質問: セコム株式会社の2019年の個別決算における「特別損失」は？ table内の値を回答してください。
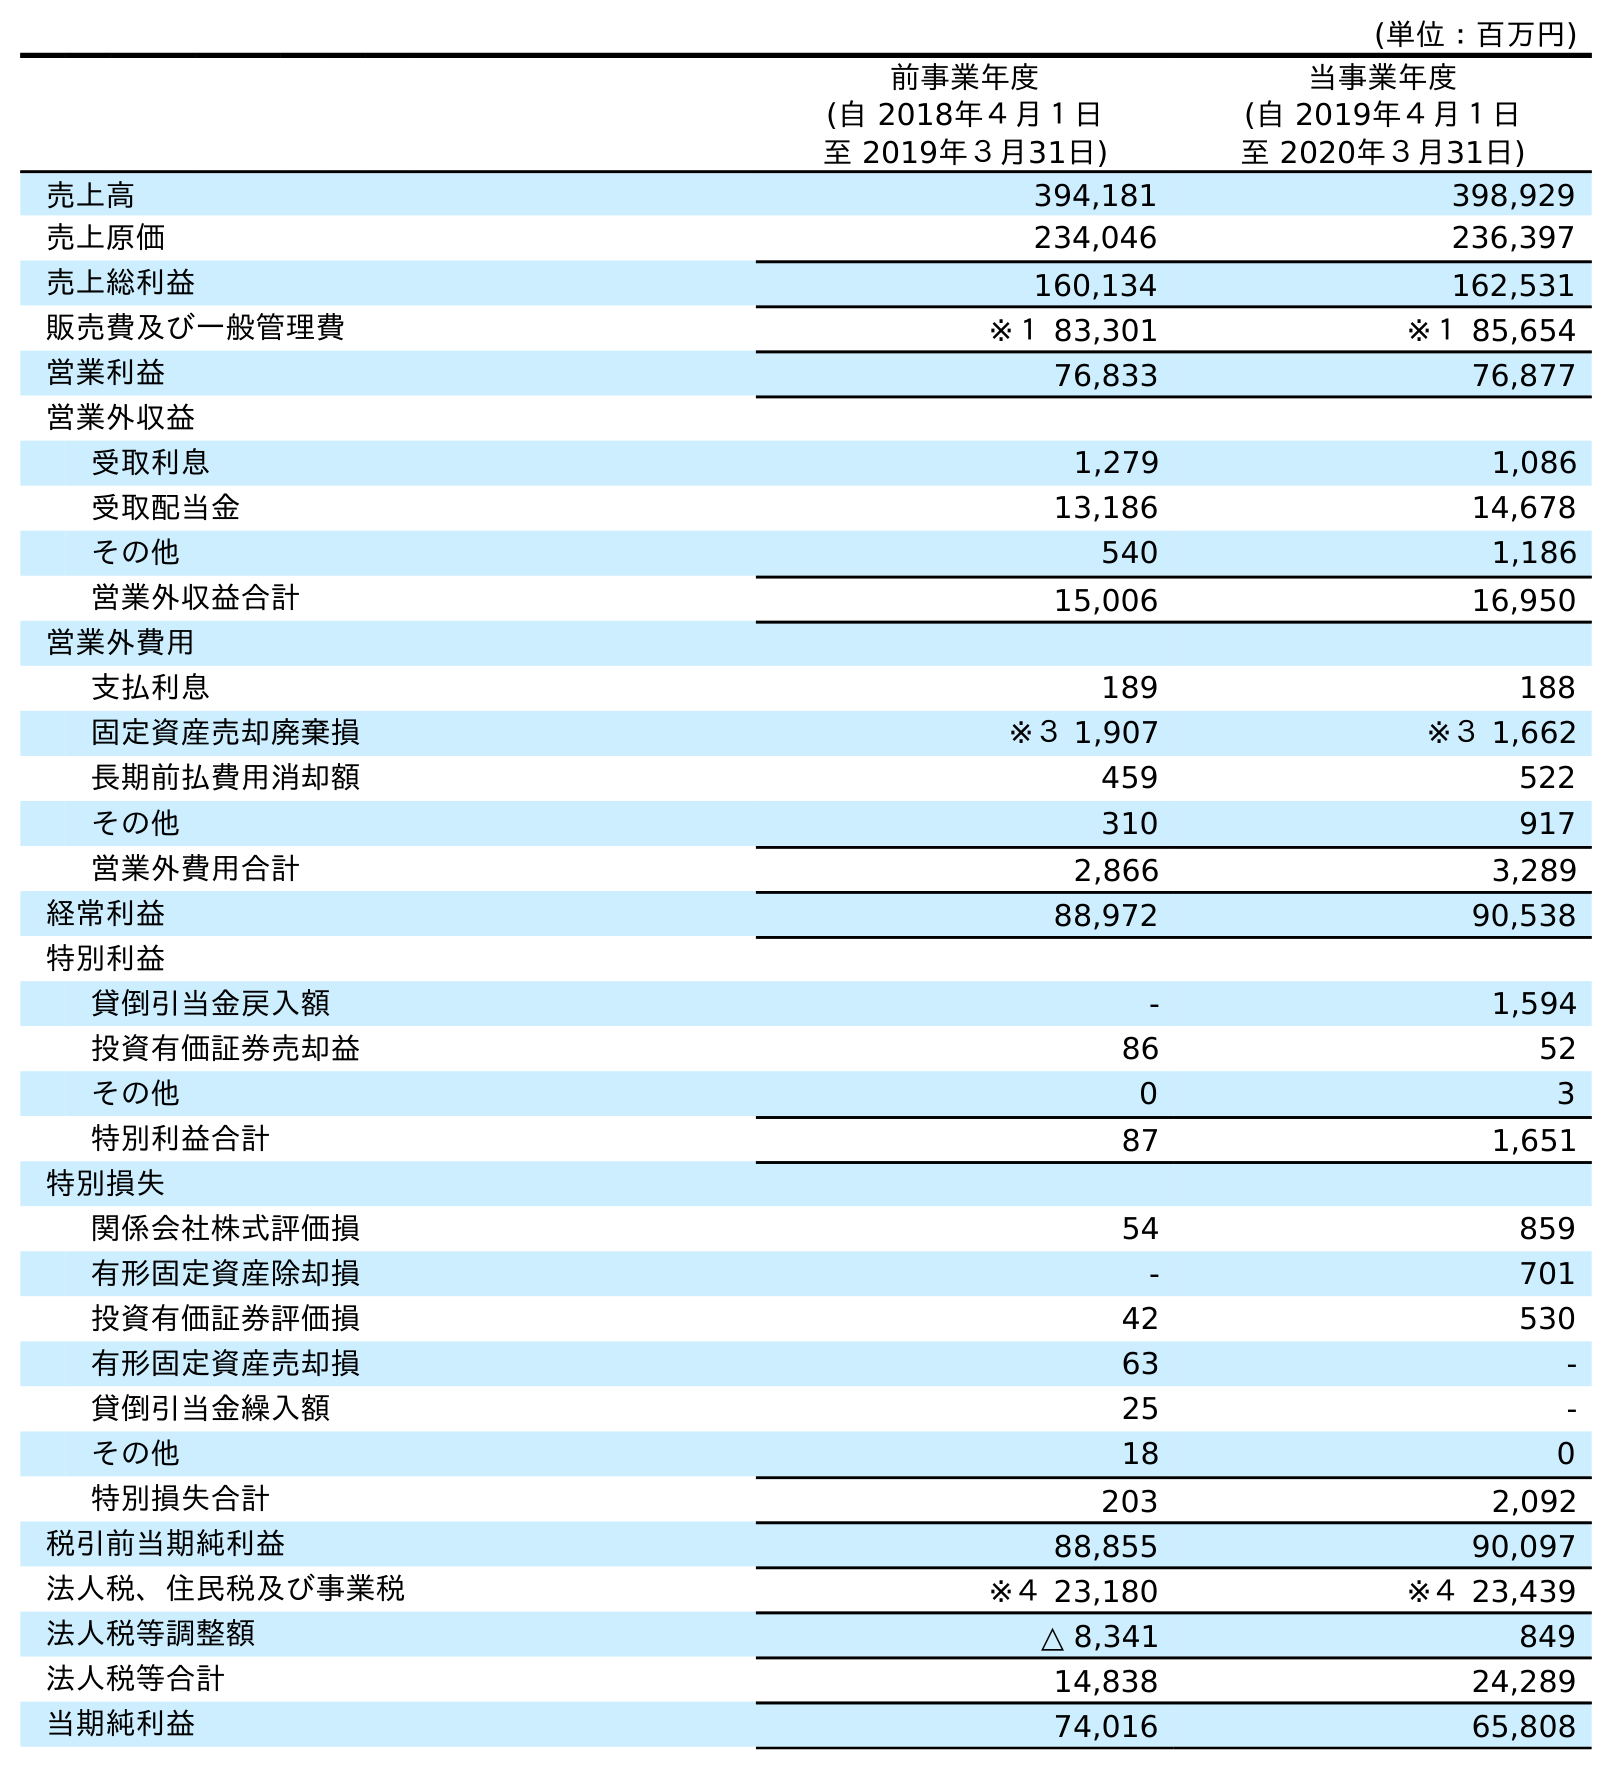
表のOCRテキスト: (単位：百万円) 前事業年度 (自 2018年４月１日 至 2019年３月31日) 当事業年度 (自 2019年４月１日 至 2020年３月31日) 売上高 394,181 398,929 売上原価 234,046 236,397 売上総利益 160,134 162,531 販売費及び一般管理費 ※１ 83,301 ※１ 85,654 営業利益 76,833 76,877 営業外収益 受取利息 1,279 1,086 受取配当金 13,186 14,678 その他 540 1,186 営業外収益合計 15,006 16,950 営業外費用 支払利息 189 188 固定資産売却廃棄損 ※３ 1,907 ※３ 1,662 長期前払費用消却額 459 522 その他 310 917 営業外費用合計 2,866 3,289 経常利益 88,972 90,538 特別利益 貸倒引当金戻入額 - 1,594 投資有価証券売却益 86 52 その他 0 3 特別利益合計 87 1,651 特別損失 関係会社株式評価損 54 859 有形固定資産除却損 - 701 投資有価証券評価損 42 530 有形固定資産売却損 63 - 貸倒引当金繰入額 25 - その他 18 0 特別損失合計 203 2,092 税引前当期純利益 88,855 90,097 法人税、住民税及び事業税 ※４ 23,180 ※４ 23,439 法人税等調整額 △ 8,341 849 法人税等合計 14,838 24,289 当期純利益 74,016 65,808
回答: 203